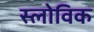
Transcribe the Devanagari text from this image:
स्लोविक